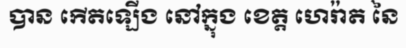
បាន កើតឡើង នៅក្នុង ខេត្ត ហេរ៉ាត នៃ